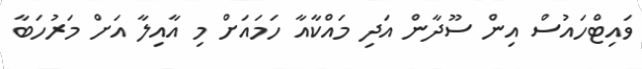
ވައިޓްހައުސް އިން ސޫދާން އަދި މައްކާއާ ހަމައަށް މި އާއިލާ އަށް މަރުހަބާ